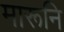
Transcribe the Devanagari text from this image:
मारूनि